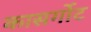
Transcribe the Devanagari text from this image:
कासर्गोट